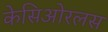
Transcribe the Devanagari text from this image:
केसिओरलस